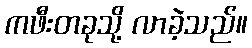
ကဖီးတခုသို့ လာခဲ့သည်။